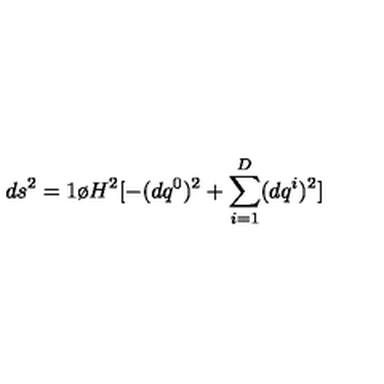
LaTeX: d s ^ { 2 } = { 1 \o { H ^ { 2 } } } [ - ( d q ^ { 0 } ) ^ { 2 } + \sum _ { i = 1 } ^ { D } ( d q ^ { i } ) ^ { 2 } ]